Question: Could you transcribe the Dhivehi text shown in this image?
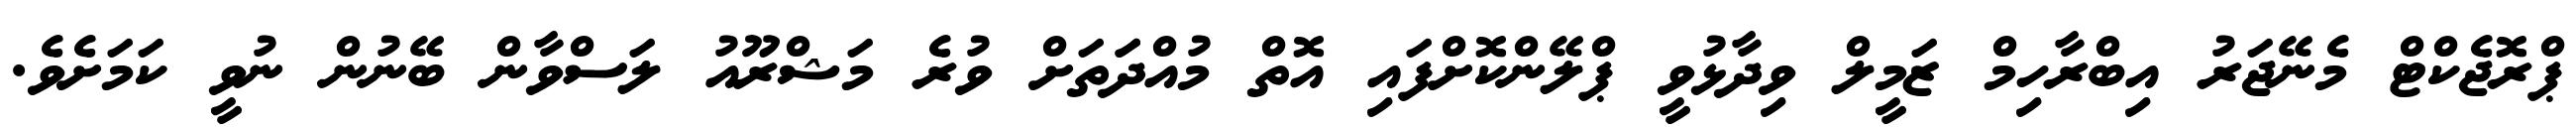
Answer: ޕްރޮޖެކްޓް މެނޭޖަރު އިބްރާހިމް ޒަމީލް ވިދާޅުވީ ޕްލޭންކޮށްފައި އޮތް މުއްދަަތަށް ވުރެ މަޝްރޫއު ލަސްވާން ބޭނުން ނުވީ ކަމަށެވެ.